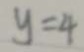
y = 4